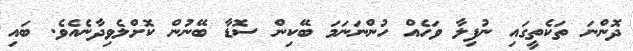
ދޮންނަ ތަކެތީގައި ނުފިލާ ވަހެއް ހުންނަނަމަ ބޭކިން ސޮޑާ ބޭނުން ކޮށްލެވިދާނެއެވެ. ބައި